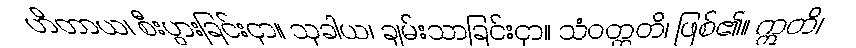
ဟိတာယ၊ စီးပွားခြင်းငှာ။ သုခါယ၊ ချမ်းသာခြင်းငှာ။ သံဝတ္တတိ၊ ဖြစ်၏။ ဣတိ၊